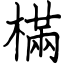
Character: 樠